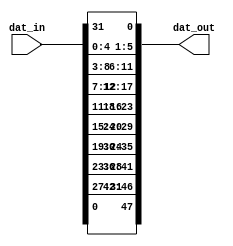
`timescale 1ns / 1ps
//////////////////////////////////////////////////////////////////////////////////
// Company: 
// Engineer: 
// 
// Design Name: 
// Module Name: extension
// Project Name: 
// Target Devices: 
// Tool Versions: 
// Description: 
// 
// Dependencies: 
// 
// Revision:
// Revision 0.01 - File Created
// Additional Comments:
// 
//////////////////////////////////////////////////////////////////////////////////


module extension(
    input  [31:0] dat_in,
    output [47:0] dat_out
    );

assign dat_out = {dat_in[0], dat_in[31:27], dat_in[28:23], dat_in[24:19], dat_in[20:15], dat_in[16:11], dat_in[12:7], dat_in[8:3], dat_in[4:0], dat_in[31]};

endmodule